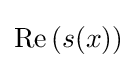
\operatorname {Re} {(s(x))}